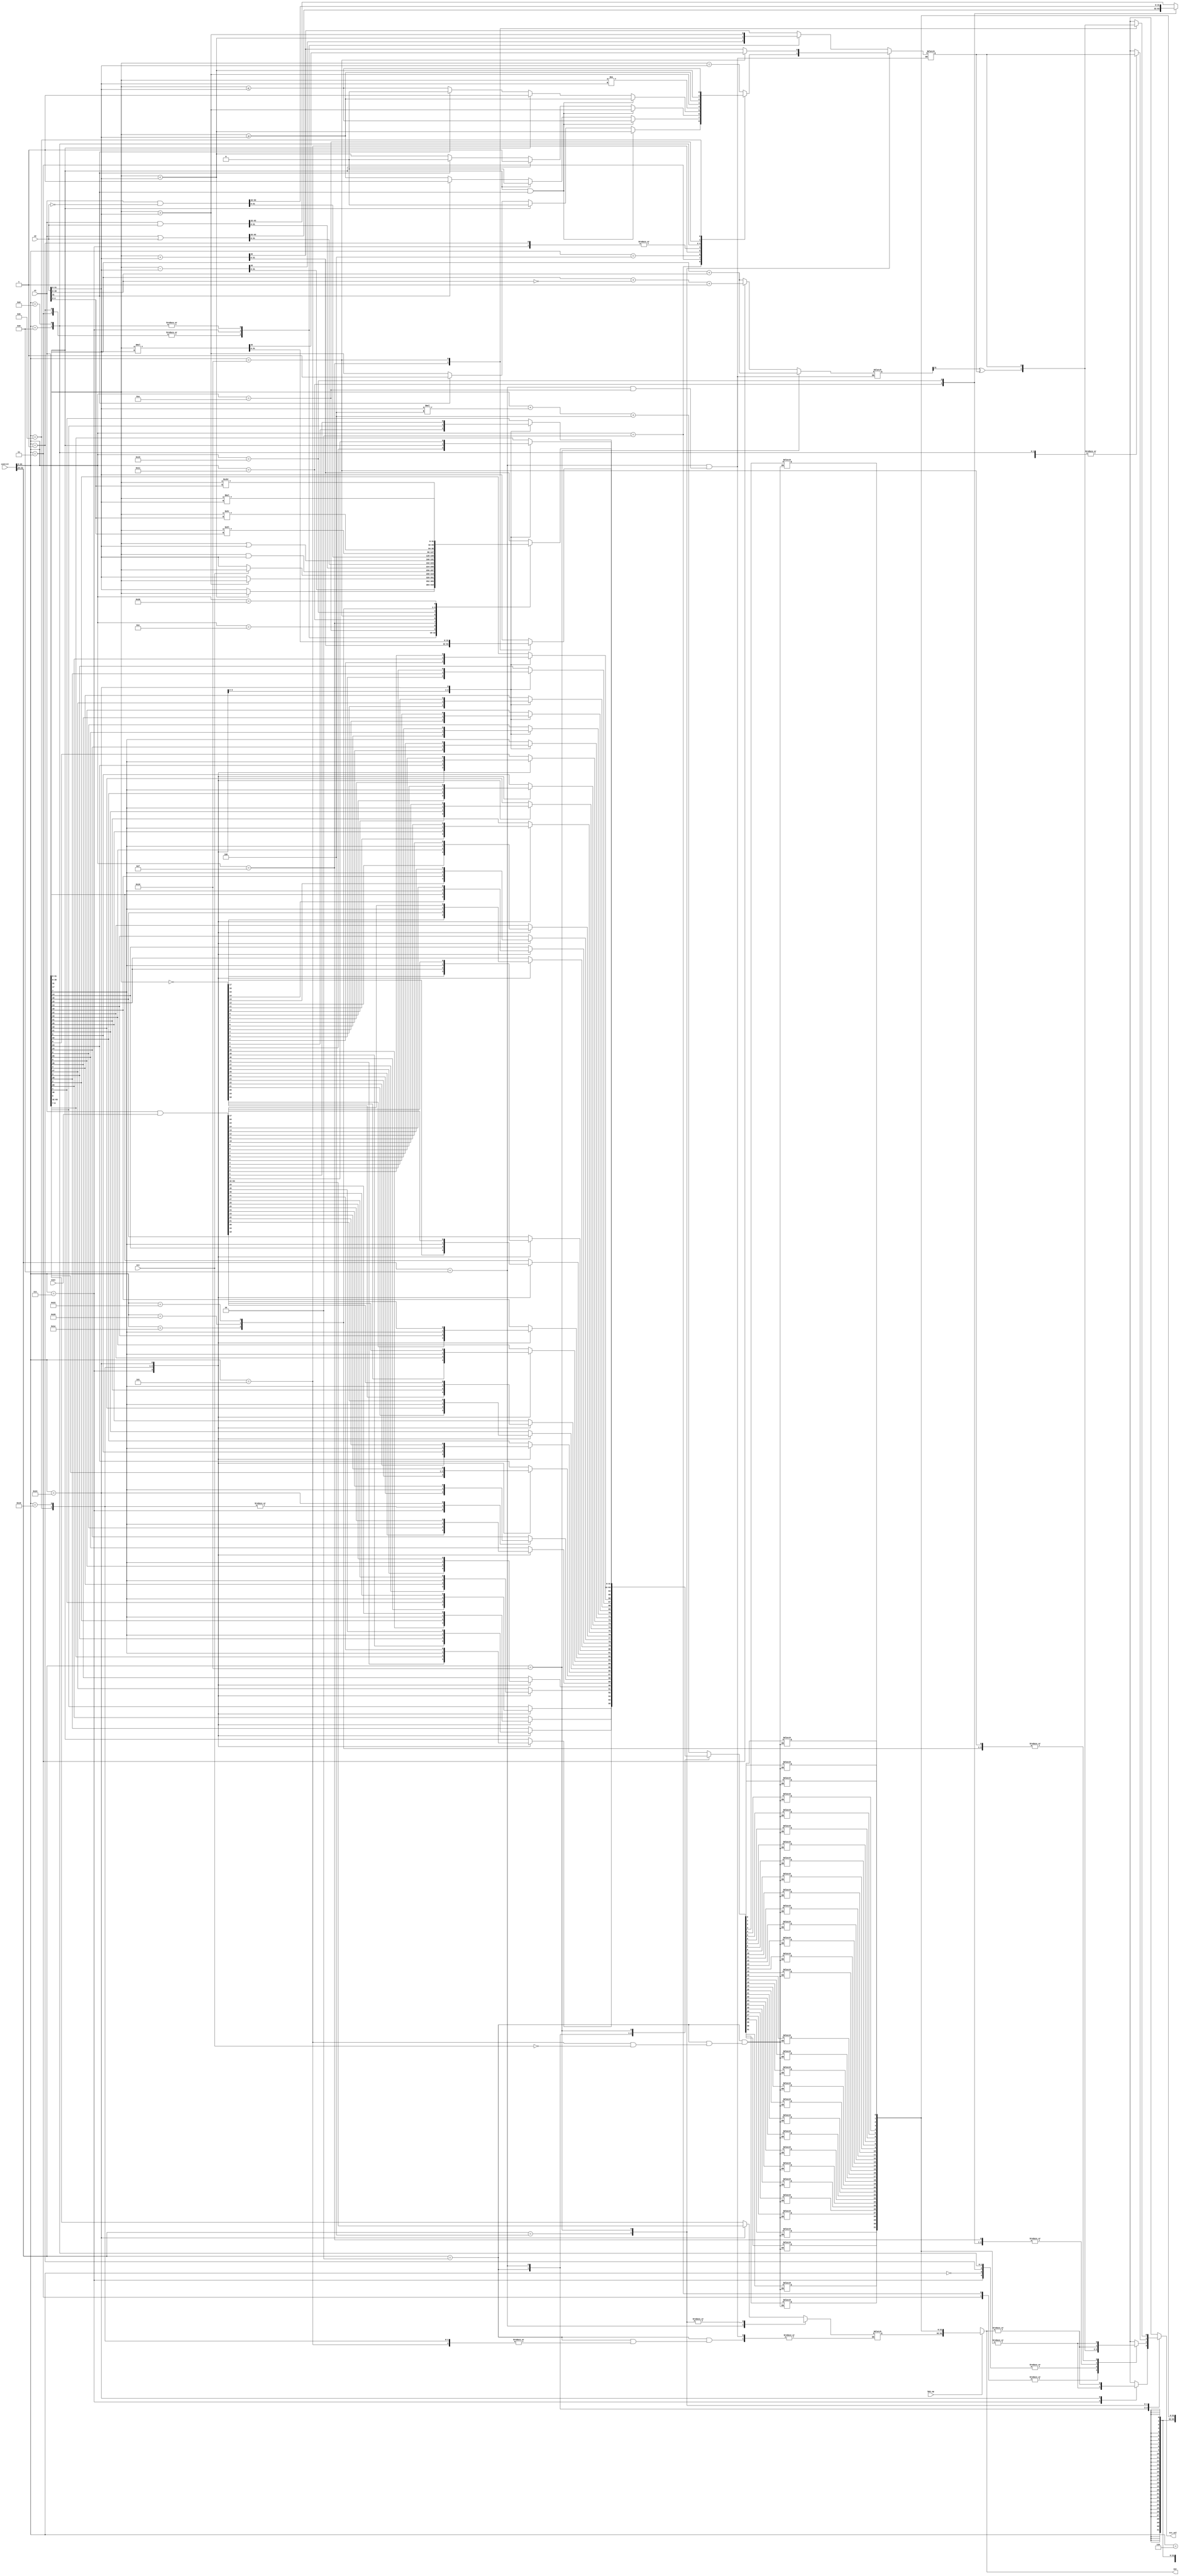
`define SALU_SOPP_FORMAT 8'h01
`define SALU_SOP1_FORMAT 8'h02
`define SALU_SOPC_FORMAT 8'h04
`define SALU_SOP2_FORMAT 8'h08
`define SALU_SOPK_FORMAT 8'h10

module scalar_alu(
    s1,
    s2,
    exec,
    control,
    scc,
    b64_op,
    out,
    scc_val
);

integer i;

input[63:0] s1, s2, exec;
input[31:0] control;
input b64_op, scc;

output[63:0] out;
output scc_val;

reg scc_val;

reg infogen;
reg [31:0] partial_sum, out_low, out_hi;

wire [31:0] s1_low, s2_low;

assign s1_low = s1[31:0];
assign s2_low = s2[31:0];

assign out = b64_op ? {out_hi, out_low} : {32'bx, out_low};

always@(s1 or s2 or control)
begin
    // setting out for instructions
    casex(control[31:24])
        // SOPP
        {`SALU_SOPP_FORMAT} : begin
            infogen     = 1'bx;
            partial_sum = 32'bx;
            out_hi = 32'bx;

            casex(control[23:0])
                // s_branch    0x02
                24'h000002 : begin out_low = s1_low + s2_low*4 + 4; end
                // s_cbranch_scc0  0x04
                24'h000004 : begin out_low = s1_low + s2_low*4 + 4; end
                // s_cbranch_scc1  0x05
                24'h000005 : begin out_low = s1_low + s2_low*4 + 4; end
                // s_cbranch_vccz  0x06
                24'h000006 : begin out_low = s1_low + s2_low*4 + 4; end
                // s_cbranch_execz 0x08
                24'h000008 : begin out_low = s1_low + s2_low*4 + 4; end
                default : begin out_low = 32'bx; end
            endcase
        end

        // SOP1
        {`SALU_SOP1_FORMAT} : begin
            infogen     = 1'bx;
            partial_sum = 32'bx;

            casex(control[23:0])
                // s_mov_b32    0x03
                24'h000003 : begin
                               out_low = s1_low;
                               out_hi = 32'bx;
                             end
                // s_mov_b64    0x04
                24'h000004 : begin {out_hi, out_low} = s1; end
		// s_cmov_b32	0x05
		24'h000005 : begin
			       if(scc) begin
				 out_low <= s1_low;
			 	end
			     end
                // s_not_b32    0x07
                24'h000007 : begin
                               out_low = ~s1_low;
                               out_hi = 32'bx;
                             end
		// s_brev_b32	0x0B
		24'h00000B : begin
				for(i = 0; i < 32; i = i + 1)
				  out_low[i] <= s1_low[31 - i];
			     end
		// s_sext_i32_i8    0x19
		24'h000019 : begin
				out_low <= {{24{s1_low[7]}}, s1_low[7:0]};
			     end
                // s_and_saveexec_b64   0x24
                24'h000024 : begin {out_hi, out_low} = s1 & exec; end
                // default
                default : begin
                               out_low = 32'bx;
                               out_hi = 32'bx;
                          end
            endcase
        end

        // SOP2
        {`SALU_SOP2_FORMAT} : begin
            casex(control[23:0])
                // s_add_u32    0x00
                24'h000000 : begin
                    {infogen, out_low} = s1_low + s2_low;
                    partial_sum = 32'bx;
                    out_hi = 32'bx;
                end
                // s_sub_u32    0x01
                24'h000001 : begin
                    {infogen, out_low} = s1_low - s2_low;
                    partial_sum = 32'bx;
                    out_hi = 32'bx;
                end
                // s_add_i32    0x02
                24'h000002 : begin
                    {infogen, out_low} = s1_low + s2_low;
                    partial_sum = s1_low[30:0] + s2_low[30:0];
                    out_hi = 32'bx;
                end
                // s_sub_i32    0x03
                24'h000003 : begin
                    {infogen, out_low} = s1_low - s2_low;
                    partial_sum = s1_low[30:0] + (~(s2_low[30:0])) + 31'b1;
                    out_hi = 32'bx;
                end
                // s_min_u32    0x07
                24'h000007 : begin
                    out_low     = (s1_low < s2_low) ? s1_low : s2_low;
                    infogen     = s1_low < s2_low;
                    partial_sum = 32'bx;
                    out_hi = 32'bx;
                end
                // s_max_i32    0x08
                24'h000008 : begin
                    out_low     = (s1_low > s2_low) ? s1_low : s2_low;
                    infogen     = s1_low > s2_low;
                    partial_sum = 32'bx;
                    out_hi = 32'bx;
                end
                // s_max_u32    0x09
                24'h000009 : begin
                    out_low     = (s1_low > s2_low) ? s1_low : s2_low;
                    infogen     = s1_low > s2_low;
                    partial_sum = 32'bx;
                    out_hi = 32'bx;
                end
		// s_cselect_b32
		24'h00000A : begin
                    out_low <= scc ? s1_low : s2_low;
                end
                // s_and_b32    0x0E
                24'h00000e : begin
                    out_low     = s1_low & s2_low;
                    infogen     = 1'bx;
                    partial_sum = 32'bx;
                    out_hi = 32'bx;
                end
                // s_and_b64    0x0F
                24'h00000f : begin
                    {out_hi, out_low} = s1 & s2;
                    infogen           = 1'bx;
                    partial_sum       = 32'bx;
                end
                // s_or_b64    0x11
                24'h000011 : begin
                    {out_hi, out_low} = s1 | s2;
                    infogen           = 1'bx;
                    partial_sum       = 32'bx;
                end
                // s_or_b32     0x10
                24'h000010 : begin
                    out_low     = s1_low | s2_low;
                    infogen     = 1'bx;
                    partial_sum = 32'bx;
                    out_hi = 32'bx;
                end
                // s_andn2_b64  0x15
                24'h000015 : begin
                    {out_hi, out_low} = s1 & ~s2;
                    infogen           = 1'bx;
                    partial_sum       = 32'bx;
                end
                // s_lshl_b32   0x1E
                24'h00001e : begin
                    out_low     = s1_low << s2_low[4:0];
                    infogen     = 1'bx;
                    partial_sum = 32'bx;
                    out_hi = 32'bx;
                end
                // s_lshr_b32   0x20
                24'h000020 : begin
                    out_low     = s1_low >> s2_low[4:0];
                    infogen     = 1'bx;
                    partial_sum = 32'bx;
                    out_hi = 32'bx;
                end
                // s_ashr_i32   0x22
                24'h000022 : begin
                    out_low     = s1_low >>> s2_low[4:0];
                    infogen     = 1'bx;
                    partial_sum = 32'bx;
                    out_hi = 32'bx;
                end
                // s_mul_i32    0x26
                24'h000026 : begin
                    out_low     = s1_low * s2_low;
                    infogen     = 1'bx;
                    partial_sum = 32'bx;
                    out_hi = 32'bx;
                end
                default : begin
                    out_low     = 32'bx;
                    infogen     = 1'bx;
                    partial_sum = 32'bx;
                    out_hi = 32'bx;
                end
            endcase
        end

        // SOPC
        {`SALU_SOPC_FORMAT} : begin
            out_low     = 32'bx;
            partial_sum = 32'bx;

            casex(control[23:0])
                // s_cmp_eq_i32 0x00
                24'h000000 : begin infogen = s1_low == s2_low;
                                   out_hi = 32'bx;
                             end
                // s_cmp_lg_i32 0x01 - VIN
                24'h000001 : begin infogen = s1_low != s2_low;
                                   out_hi = 32'bx;
                             end
                // s_cmp_gt_i32 0x02 - VIN
                24'h000002 : begin
				   if(s1_low[31] == 1'b1 & s2_low[31] == 1'b1)
				     begin
				       infogen = s1_low < s2_low;
                        	       out_hi = 32'bx;
                      		     end
				   else if(s1_low[31] == 1'b1)
				     begin
				       infogen = 1'b0;
                                       out_hi = 32'bx;
				     end
				   else if(s2_low[31] == 1'b1)
				     begin
				       infogen = 1'b1;
                                       out_hi = 32'bx;
				     end
				   else
				     begin
				       infogen = s1_low > s2_low;
                        	       out_hi = 32'bx;
				     end
			     end
                // s_cmp_ge_i32 0x03 - VIN
                24'h000003 : begin
				if(s1_low[31] == 1'b1 & s2_low[31] == 1'b1)
											begin
												infogen = s1_low <= s2_low;
                        out_hi = 32'bx;
                      end
										else if(s1_low[31] == 1'b1)
											begin
												infogen = 1'b0;
                        out_hi = 32'bx;
										  end
										else if(s2_low[31] == 1'b1)
											begin
												infogen = 1'b1;
                        out_hi = 32'bx;
											end
										else
											begin
												infogen = s1_low >= s2_low;
                        out_hi = 32'bx;
											end
								end
                // s_cmp_lt_i32 0x04 - VIN
                24'h000004 : begin
                    if (s1_low[31] == 1'b1 & s2_low[31] == 1'b1)
                      begin
                        infogen = s1_low > s2_low;
                        out_hi = 32'bx;
                      end
                    else if (s1_low[31] == 1'b1)
                      begin
                        infogen = 1'b1;
                        out_hi = 32'bx;
                      end
                    else if (s2_low[31] == 1'b1)
                      begin
                        infogen = 1'b0;
                        out_hi = 32'bx;
                      end
                    else
                      begin
                        infogen = s1_low < s2_low;
                        out_hi = 32'bx;
                      end
                end
                // s_cmp_le_i32 0x05 - VIN
                24'h000005 : begin
                    if (s1_low[31] == 1'b1 & s2_low[31] == 1'b1)
                      begin
                        infogen = s1_low >= s2_low;
                        out_hi = 32'bx;
                      end
                    else if (s1_low[31] == 1'b1)
                      begin
                        infogen = 1'b1;
                        out_hi = 32'bx;
                      end
                    else if (s2_low[31] == 1'b1)
                      begin
                        infogen = 1'b0;
                        out_hi = 32'bx;
                      end
                    else
                      begin
                        infogen = s1_low <= s2_low;
                        out_hi = 32'bx;
                      end
                end
		// s_cmp_eq_u32 0x06 - VIN
                24'h000006 : begin infogen = s1_low == s2_low;
                                   out_hi = 32'bx;
			     end
		// s_cmp_lg_u32 0x07 - VIN
                24'h000007 : begin infogen = s1_low != s2_low;
                                   out_hi = 32'bx;
			     end
		// s_cmp_gt_u32 0x08 - VIN
                24'h000008 : begin infogen = s1_low > s2_low;
                                   out_hi = 32'bx;
		             end
		// s_cmp_ge_u32 0x09
                24'h000009 : begin infogen = s1_low >= s2_low;
                                   out_hi = 32'bx;
			     end
		// s_cmp_lt_u32 0x0A - VIN
                24'h00000A : begin infogen = s1_low < s2_low;
                                   out_hi = 32'bx;
                             end
                // s_cmp_le_u32 0x0B
                24'h00000B : begin infogen = s1_low <= s2_low;
                                   out_hi = 32'bx;
                             end
                // default
                default : begin infogen = 1'bx;
                                out_hi = 32'bx;
                          end
            endcase
        end

        // SOPK
        {`SALU_SOPK_FORMAT} : begin
            casex(control[23:0])
                // s_movk_i32   0x00
                24'h000000 : begin
                    out_low = s2_low;
                    infogen = 1'bx;
                    partial_sum = 32'bx;
                    out_hi = 32'bx;
                end
                // s_addk_i32   0x0F
                24'h00000F : begin
                    {infogen, out_low} = s1_low + s2_low;
                    partial_sum = s1_low[30:0] + s2_low[30:0];
                    out_hi = 32'bx;
                end
                // s_mulk_i32   0x10
                24'h000010 : begin
                    {infogen, out_low} = s1_low * s2_low;
                    partial_sum = 32'bx;
                    out_hi = 32'bx;
                end
                // default
                default : begin
                    out_low = 32'bx;
                    infogen = 1'bx;
                    partial_sum = 32'bx;
                    out_hi = 32'bx;
                end
            endcase
        end
        default : begin
            out_low     = 32'bx;
            infogen     = 1'bx;
            partial_sum = 32'bx;
            out_hi = 32'bx;
        end
    endcase
end

always@(control or out_low or out or infogen or partial_sum)
begin
    scc_val = 1'bx;

    // setting scc_val for instruction that write to scc
    casex(control[31:24])
        // SOPP
        // no instruction set scc

        // SOP1
        {`SALU_SOP1_FORMAT} : begin
            casex(control[23:0])
                // s_not_b32    0x07
                24'h000007 : begin scc_val = (|out_low); end
                // s_and_saveexec_b64   0x24
                24'h000024 : begin scc_val = (|out); end
                // default
                default : begin scc_val = 1'bx; end
            endcase
        end

        // SOP2
        {`SALU_SOP2_FORMAT} : begin
            casex(control[23:0])
                // s_add_u32    0x00
                24'h000000 : begin scc_val = infogen; end
                // s_sub_u32    0x01
                24'h000001 : begin scc_val = infogen; end
                // s_add_i32    0x02
                24'h000002 : begin scc_val = partial_sum[31] ^ infogen; end
                // s_sub_i32    0x03
                24'h000003 : begin scc_val = partial_sum[31] ^ infogen; end
                // s_min_u32    0x07
                24'h000007 : begin scc_val = infogen; end
                // s_max_i32    0x08
                24'h000008 : begin scc_val = infogen; end
                // s_max_u32    0x09
                24'h000009 : begin scc_val = infogen; end
                // s_and_b32    0x0E
                24'h00000E : begin scc_val = |out_low; end
                // s_and_b64    0x0F
                24'h00000F : begin scc_val = |out; end
                // s_or_b32     0x10
                24'h000010 : begin scc_val = |out_low; end
                // s_or_b64     0x11
                24'h000011 : begin scc_val = |out; end
                // s_andn2_b64  0x15
                24'h000015 : begin scc_val = |out; end
                // s_lshl_b32   0x1E
                24'h00001E : begin scc_val = |out_low; end
                // s_lshr_b32   0x20
                24'h000020 : begin scc_val = |out_low; end
                // s_ashr_i32   0x22
                24'h000022 : begin scc_val = |out_low; end
                // default
                default : begin scc_val = 1'bx; end
            endcase
        end

        // SOPC
        {`SALU_SOPC_FORMAT} : begin
            casex(control[23:0])
                // s_cmp_eq_i32 0x00
                24'h000000 : begin scc_val = infogen; end
                // s_cmp_lg_i32 0x01
                24'h000001 : begin scc_val = infogen; end
                // s_cmp_gt_i32 0x02
                24'h000002 : begin scc_val = infogen; end
                // s_cmp_ge_i32 0x03
                24'h000003 : begin scc_val = infogen; end
                // s_cmp_lt_i32 0x04
                24'h000004 : begin scc_val = infogen; end
                // s_cmp_le_i32 0x05
                24'h000005 : begin scc_val = infogen; end
                // s_cmp_eq_u32 0x06
                24'h000006 : begin scc_val = infogen; end
                // s_cmp_lg_u32 0x07
                24'h000007 : begin scc_val = infogen; end
								// s_cmp_gt_u32 0x08
                24'h000008 : begin scc_val = infogen; end
								// s_cmp_ge_u32 0x09
                24'h000009 : begin scc_val = infogen; end
                // s_cmp_lt_u32 0x0A
                24'h00000A : begin scc_val = infogen; end
                // s_cmp_le_u32 0x0B
                24'h00000B : begin scc_val = infogen; end
                // default
                default : begin scc_val = 1'bx; end
            endcase
        end

        // SOPK
        {`SALU_SOPK_FORMAT} : begin
            casex(control[23:0])
                // s_addk_i32   0x0F
                24'h00000F : begin scc_val = partial_sum[31] ^ infogen; end
                // s_mulk_i32   0x10
                24'h000010 : begin scc_val = infogen; end
                // default
                default : begin scc_val = 1'bx; end
            endcase
        end
    endcase
end

endmodule